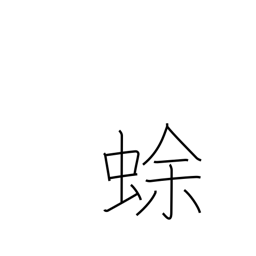
Meaning: toad